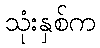
သုံးနှစ်က